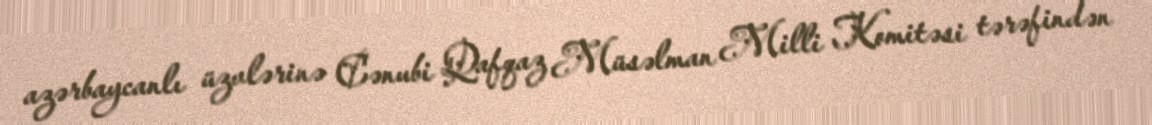
azərbaycanlı üzvlərinə Cənubi Qafqaz Müsəlman Milli Komitəsi tərəfindən